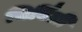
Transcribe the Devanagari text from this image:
चिर्विंली